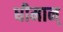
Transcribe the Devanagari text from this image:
धीमान्‌